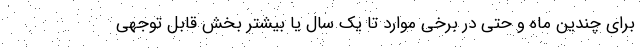
برای چندین ماه و حتی در برخی موارد تا یک سال یا بیشتر بخش قابل توجهی